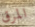
المرق